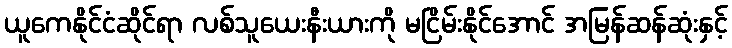
ယူကေနိုင်ငံဆိုင်ရာ လစ်သူယေးနီးယားကို မငြိမ်းနိုင်အောင် အမြန်ဆန်ဆုံးနှင့်